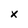
Character: x